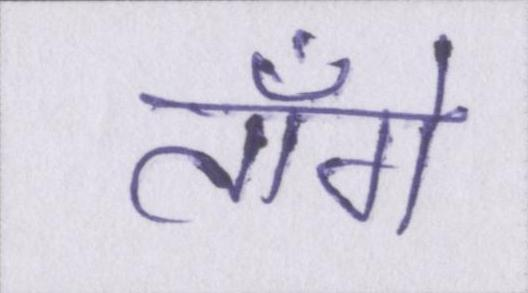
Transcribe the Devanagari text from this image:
ताँगे